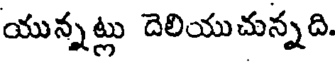
యున్నట్లు దెలియుచున్నది.